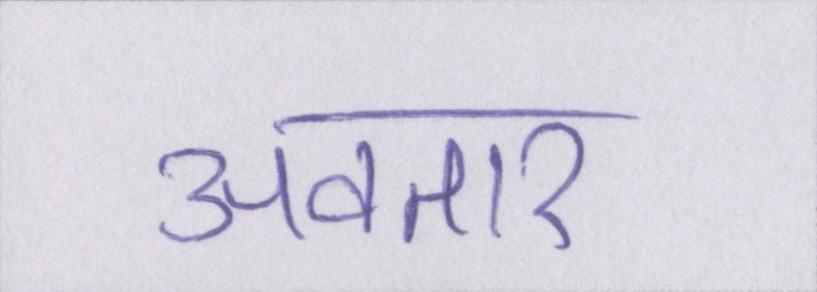
अवतार